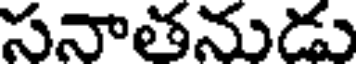
సనాతనుడు